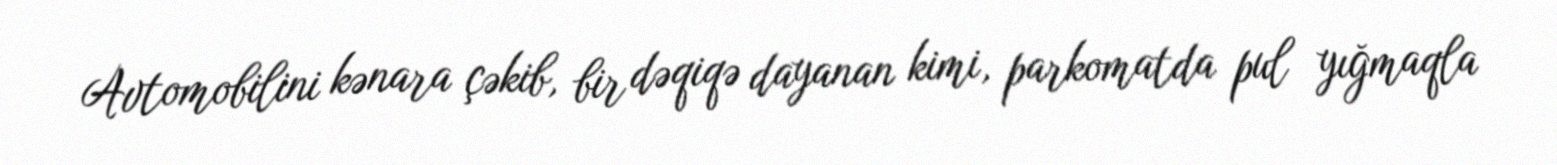
Avtomobilini kənara çəkib, bir dəqiqə dayanan kimi, parkomatda pul yığmaqla